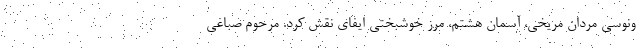
ونوسی مردان مریخی، آسمان هشتم، مرز خوشبختی ایفای نقش کرد. مرحوم صباغی